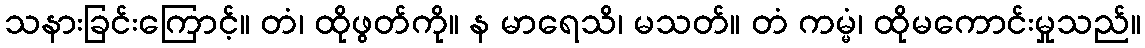
သနားခြင်းကြောင့်။ တံ၊ ထိုဖွတ်ကို။ န မာရေသိ၊ မသတ်။ တံ ကမ္မံ၊ ထိုမကောင်းမှုသည်။